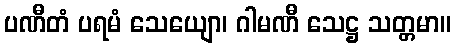
ပဏီတံ ပရမံ သေယျော၊ ဂါမဏီ သေဋ္ဌ သတ္တမာ။